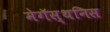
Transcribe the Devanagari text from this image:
मेगॅस्थनिस